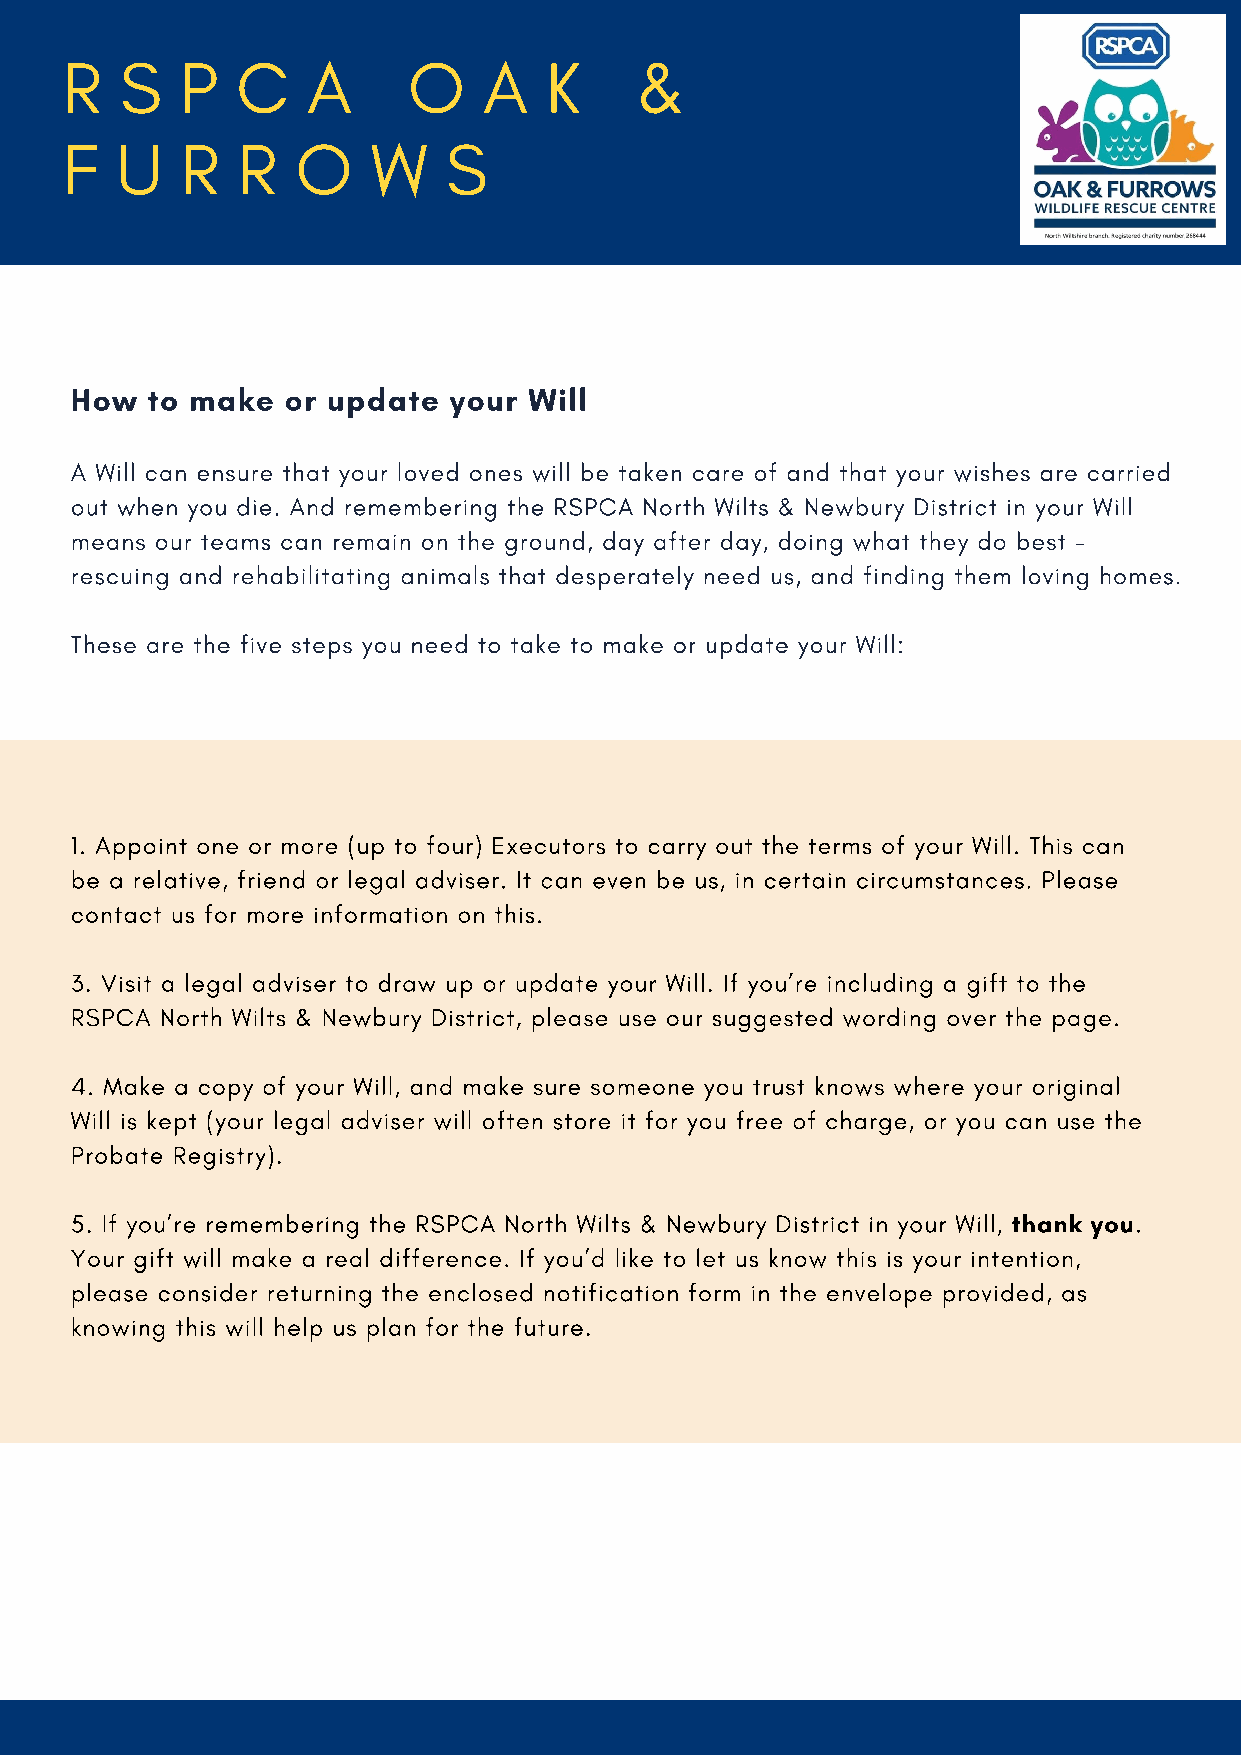
R   S   P   C   A      O    A   K     &
 F   U   R   R   O    W    S
 How  to make  or update  your Will
 A Will can ensure that your loved ones will be taken care of and that your wishes are carried
 out when you die. And remembering the RSPCA North Wilts & Newbury District in your Will
 means our teams can remain on the ground, day after day, doing what they do best –
 rescuing and rehabilitating animals that desperately need us, and finding them loving homes.
 These are the five steps you need to take to make or update your Will:
 1. Appoint one or more (up to four) Executors to carry out the terms of your Will. This can
 be a relative, friend or legal adviser. It can even be us, in certain circumstances. Please
 contact us for more information on this.
 3. Visit a legal adviser to draw up or update your Will. If you’re including a gift to the
 RSPCA North Wilts & Newbury District, please use our suggested wording over the page.
 4. Make a copy of your Will, and make sure someone you trust knows where your original
 Will is kept (your legal adviser will often store it for you free of charge, or you can use the
 Probate Registry).
 5. If you’re remembering the RSPCA North Wilts & Newbury District in your Will, thank you.
 Your gift will make a real difference. If you’d like to let us know this is your intention,
 please consider returning the enclosed notification form in the envelope provided, as
 knowing this will help us plan for the future.